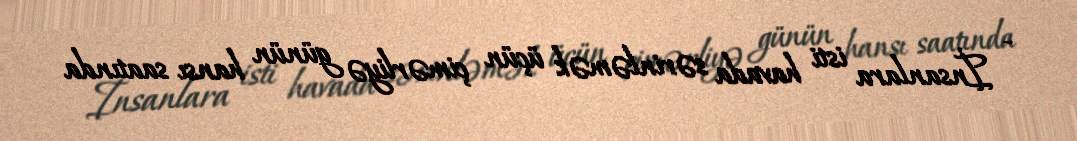
- İnsanlara isti havada sərinləmək üçün çimərliyə günün hansı saatında